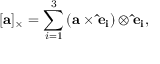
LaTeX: [ \mathbf { a } ] _ { \times } = \sum _ { i = 1 } ^ { 3 } \left( \mathbf { a } \times \mathbf { { \hat { e } } _ { i } } \right) \otimes \mathbf { { \hat { e } } _ { i } } ,